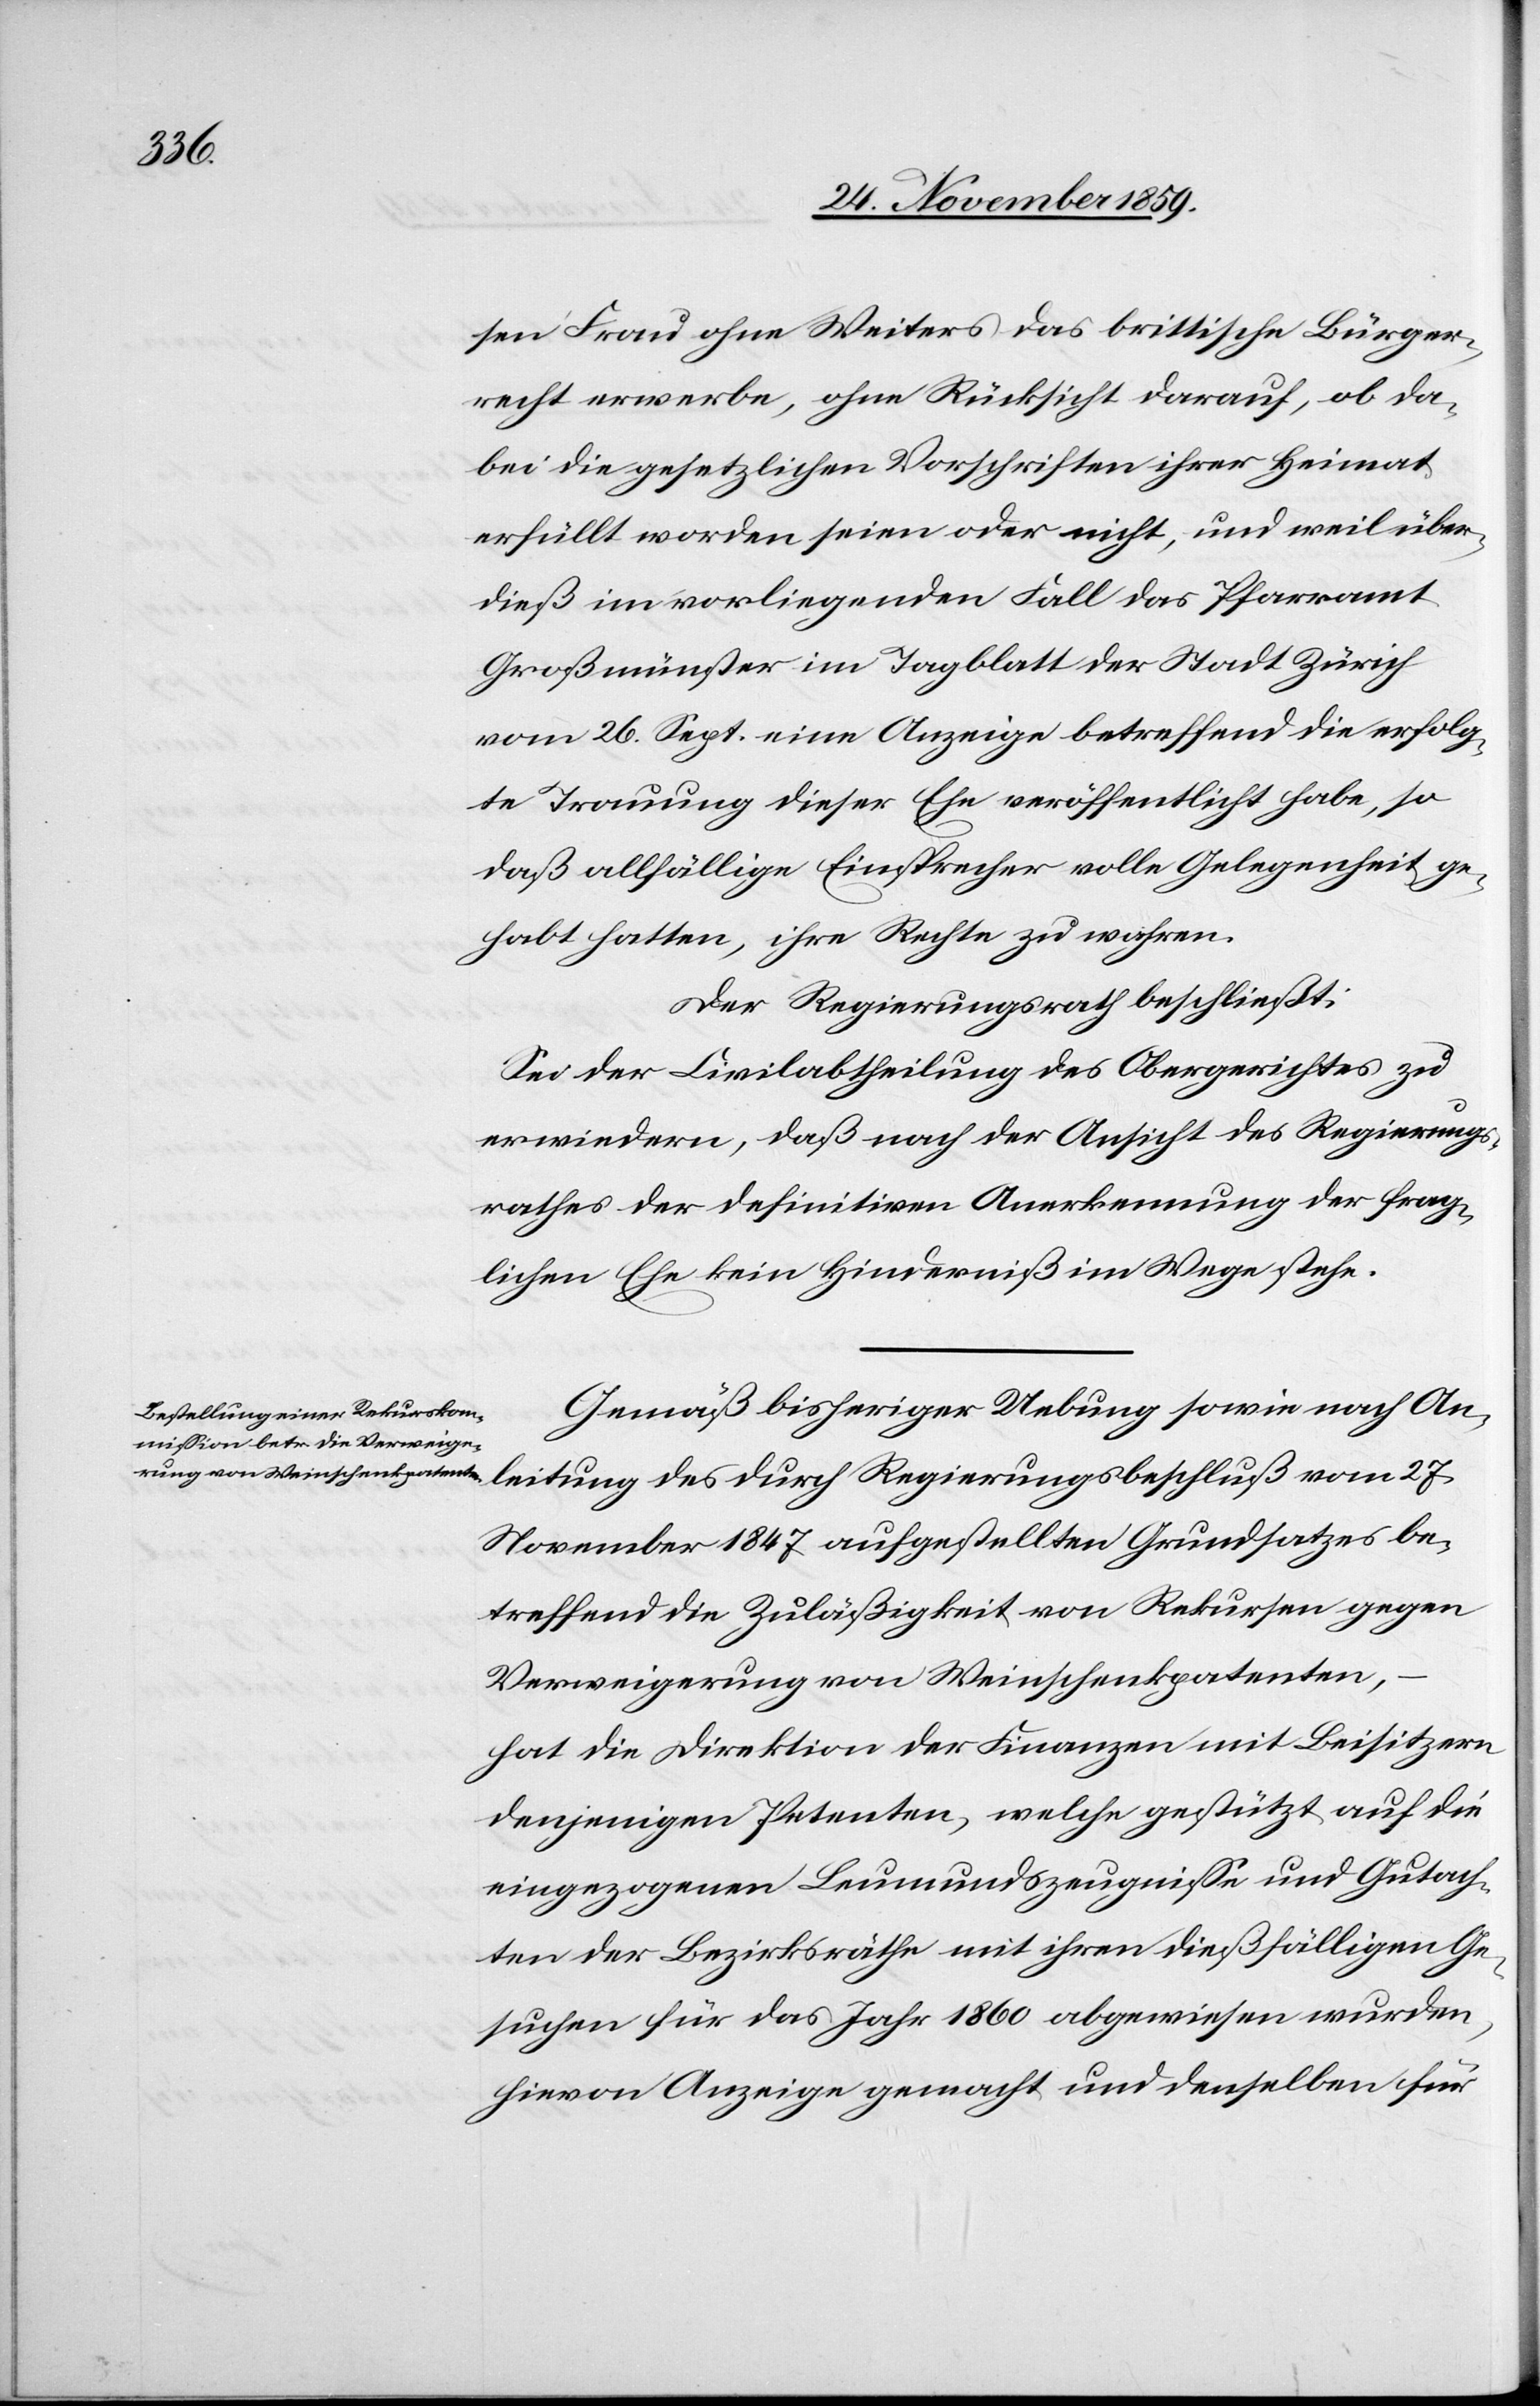
leitung

sen Frau ohne Weiters das brittische Bürger¬
recht erwerbe, ohne Rücksicht darauf, ob da¬
bei die gesetzlichen Vorschriften ihrer Heimat
erfüllt worden seien oder nicht, und weil über¬
dieß im vorliegenden Fall das Pfarramt
Großmünster im Tagblatt der Stadt Zürich
vom 26. Sept. eine Anzeige betreffend die erfolg¬
te Trauung dieser Ehe veröffentlicht habe, so
daß allfällige Einsprecher volle Gelegenheit ge¬
habt hatten, ihre Rechte zu wahren.
Das Regierungsrath beschließt:
Sei der Civilabtheilung des Obergerichtes zu
erwiedern, daß nach der Ansicht des Regierungs¬
rathes der definitiven Anerkennung der frag¬
lichen Ehe kein Hinderniß im Wege stehe.
Gemäß bisheriger Uebung sowie nach An¬
November 1847 aufgestellten Grundsatzes be¬
treffend die Zuläßigkeit von Rekursen gegen
Verweigerung von Weinschenkpatenten,
hat die Direktion der Finanzen mit Beisitzern
denjenigen Petenten, welche gestützt auf die
eingezogenen Leumundszeugnisse und Gutach¬
ten der Bezirksräthe mit ihren dießfälligen Ge¬
suchen für das Jahr 1860 abgewiesen wurden,
hievon Anzeige gemacht und denselben für